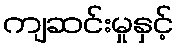
ကျဆင်းမှုနှင့်